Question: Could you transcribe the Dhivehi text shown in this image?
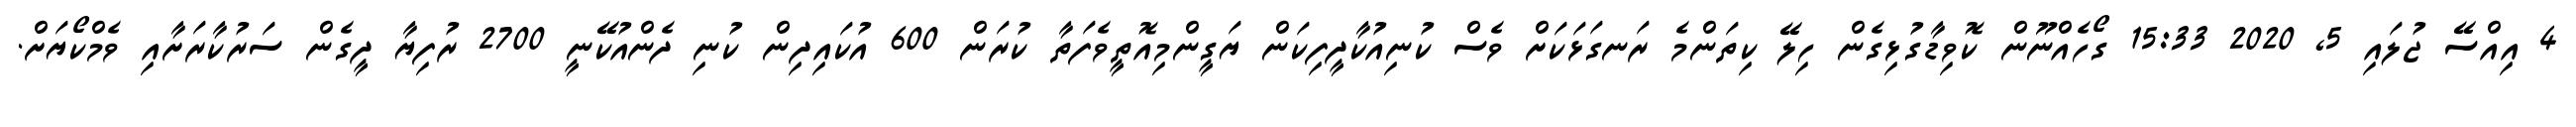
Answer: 4 އިއްސޭ ޖުލައި 5, 2020 15:33 ގޯހެއްނޫން ކޮވިޑާގުޅިގެން ހިލޭ ކިތަންމެ ރަނގަޅަކަށް ވެސް ކުނިއުކާދީފިކަން ޔަގީންމިއޮތީވެފަތާ ކުރަން 600 އުކައިދިން ކުނި ދެންއުކޭނީ 2700 ރުފިޔާ ދީގެން ސަރުކާރަށާއި ވެމްކޯޔަށް.